Report on the lunatic asylums under the Government of Bombay - 1904-1913
Year: 1904
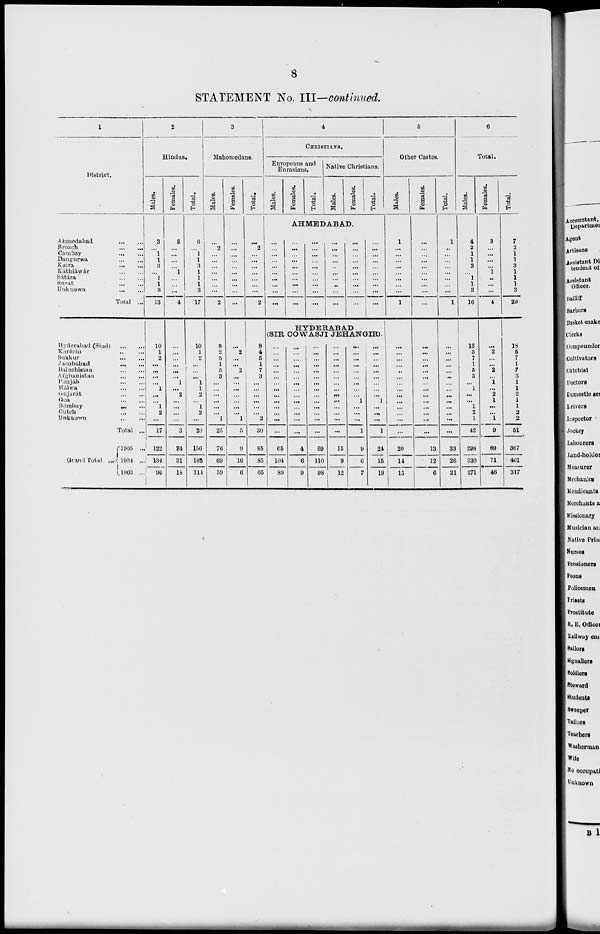
8
STATEMENT No. III—continued.
1
District.
Ahmedabad
...
...
Rroach
...
...
Cambay
...
...
Dangurwa
...
...
Kaira
...
...
Káthiáwár
...
...
Sátára
...
...
Surat
...
...
Unknown
...
...
Total ...
Hyderabad (Sind)
...
...
Karáchi
...
...
Sukkur
...
...
Jacobabad
...
...
Baluchistan
...
...
Afghanistan
...
...
Punjáb
...
...
Málwa
...
...
Gujarát
...
...
Goa
...
...
Bombay
...
...
Cutch
...
...
Unknown
...
...
Total ...
Grand Total
...
1905 ...
1904 ...
1903 ...
2
Hindus.
Males.
3
...
1
1
3
...
1
1
3
13
10
1
2
...
...
...
...
1
...
...
1
2
...
17
122
134
96
Females.
3
...
...
...
...
1
...
...
...
4
...
...
...
...
...
...
1
...
2
...
...
...
...
3
34
31
18
Total.
6
...
1
1
3
1
1
1
3
17
10
1
2
...
...
...
1
1
2
...
1
2
...
20
156
165
114
3
Mahomedans.
Males.
...
2
...
...
...
...
...
...
...
2
8
2
5
1
5
3
...
...
...
...
...
...
1
25
76
69
59
Females.
...
...
...
...
...
...
...
...
...
...
...
2
...
...
2
...
...
...
...
...
...
...
1
5
9
16
6
Total.
...
2
...
...
...
...
...
...
...
2
8
4
5
1
7
3
...
...
...
...
...
...
2
30
85
85
65
4
CHRISTIANS.
Europeans and
Eurasians.
Males.
...
...
...
...
...
...
...
...
...
...
Females.
Total.
Native Christians.
Males.
Females.
AHMEDABAD.
...
...
...
...
...
...
...
...
...
...
...
...
...
...
...
...
...
...
...
...
...
...
...
...
...
...
...
...
...
...
...
...
...
...
...
...
...
...
...
...
Total.
...
...
...
...
...
...
...
...
...
...
HYDERABAD
(SIR COWASJI JEHANGIR).
...
...
...
...
...
...
...
...
...
...
...
...
...
...
65
104
89
...
...
...
...
...
...
...
...
...
...
...
...
...
...
4
6
9
...
...
...
...
...
...
...
...
...
...
...
...
...
...
69
110
98
...
...
...
...
...
...
...
...
...
...
...
...
...
...
15
9
12
...
...
...
...
...
...
...
...
...
1
...
...
...
1
9
6
7
...
...
...
...
...
...
...
...
...
1
...
...
...
1
24
15
19
5
Other Castes.
Males.
1
...
...
...
...
...
...
...
...
1
...
...
...
...
...
...
...
...
...
...
...
...
...
...
20
14
15
Females.
...
...
...
...
...
...
...
...
...
...
...
...
...
...
...
...
...
...
...
...
...
...
...
...
13
12
6
Total.
1
...
...
...
...
...
...
...
...
1
...
...
...
...
...
...
...
...
...
...
...
...
...
...
33
26
21
6
Total.
Males.
4
2
1
1
3
...
1
1
3
16
18
3
7 1
5
3
...
1
...
...
1
2
1
42
298
330
271
Females.
3
...
...
...
...
1
...
...
...
4
...
2
...
...
2
...
1
...
2
1
...
...
1
9
69
71
46
Total.
7
2
1
1
3
1
1
1
3
20
18
5
7
1
7
3
1
1
2
1
1
2
2
51
367
401
317